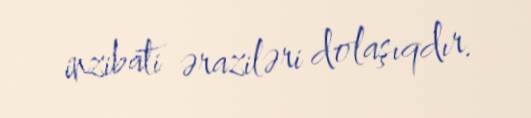
inzibati əraziləri dolaşıqdır.